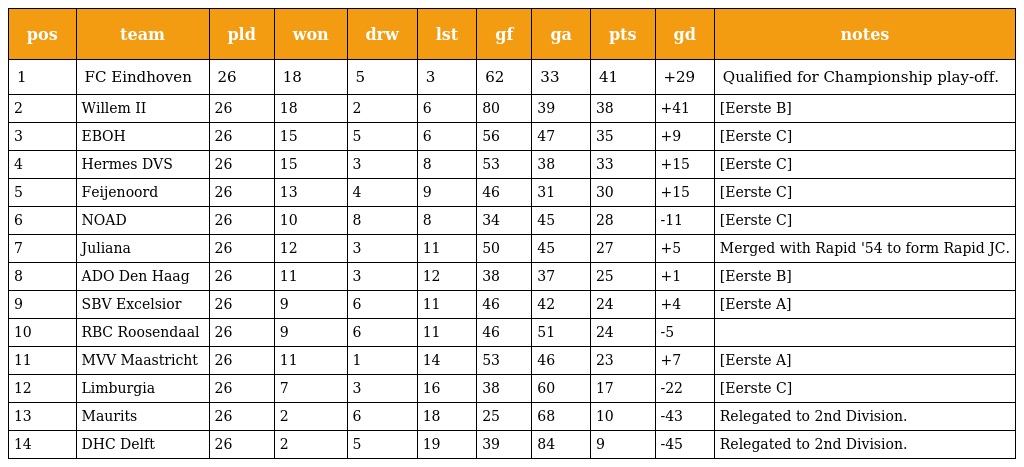
| pos | team | pld | won | drw | lst | gf | ga | pts | gd | notes |
 | --- | --- | --- | --- | --- | --- | --- | --- | --- | --- | --- |
 | 1 | FC Eindhoven | 26 | 18 | 5 | 3 | 62 | 33 | 41 | +29 | Qualified for Championship play-off. |
 | 2 | Willem II | 26 | 18 | 2 | 6 | 80 | 39 | 38 | +41 | [Eerste B] |
 | 3 | EBOH | 26 | 15 | 5 | 6 | 56 | 47 | 35 | +9 | [Eerste C] |
 | 4 | Hermes DVS | 26 | 15 | 3 | 8 | 53 | 38 | 33 | +15 | [Eerste C] |
 | 5 | Feijenoord | 26 | 13 | 4 | 9 | 46 | 31 | 30 | +15 | [Eerste C] |
 | 6 | NOAD | 26 | 10 | 8 | 8 | 34 | 45 | 28 | -11 | [Eerste C] |
 | 7 | Juliana | 26 | 12 | 3 | 11 | 50 | 45 | 27 | +5 | Merged with Rapid '54 to form Rapid JC. |
 | 8 | ADO Den Haag | 26 | 11 | 3 | 12 | 38 | 37 | 25 | +1 | [Eerste B] |
 | 9 | SBV Excelsior | 26 | 9 | 6 | 11 | 46 | 42 | 24 | +4 | [Eerste A] |
 | 10 | RBC Roosendaal | 26 | 9 | 6 | 11 | 46 | 51 | 24 | -5 |  |
 | 11 | MVV Maastricht | 26 | 11 | 1 | 14 | 53 | 46 | 23 | +7 | [Eerste A] |
 | 12 | Limburgia | 26 | 7 | 3 | 16 | 38 | 60 | 17 | -22 | [Eerste C] |
 | 13 | Maurits | 26 | 2 | 6 | 18 | 25 | 68 | 10 | -43 | Relegated to 2nd Division. |
 | 14 | DHC Delft | 26 | 2 | 5 | 19 | 39 | 84 | 9 | -45 | Relegated to 2nd Division. |